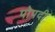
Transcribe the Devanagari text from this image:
पोपदी